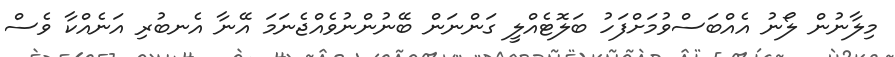
މިލާނުން ލޯނު އެއްބަސްވުމަށްފަހު ބަލޮޓެއްލީ ގަންނަން ބޭނުންނުވެއްޖެނަމަ އޭނާ އެނބުރި އަނެއްކާ ވެސް